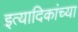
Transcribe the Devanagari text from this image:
इत्यादिकांच्या